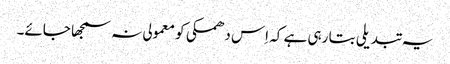
یہ تبدیلی بتا رہی ہے کہ اِس دھمکی کو معمولی نہ سمجھا جائے۔